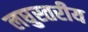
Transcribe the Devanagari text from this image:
लघुस्तरीय